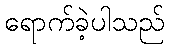
ရောက်ခဲ့ပါသည်